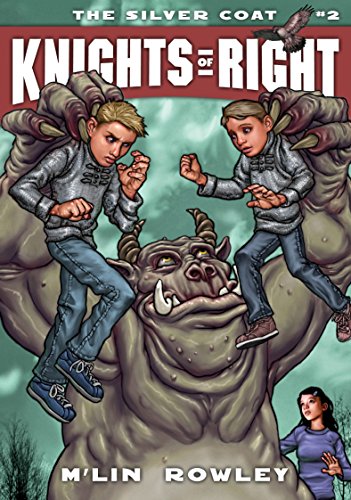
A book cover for The Silver Coat (Knights of Right); M'lin Rowley; Children's Books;